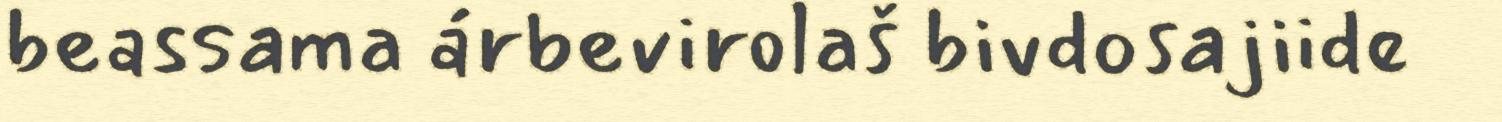
beassama árbevirolaš bivdosajiide